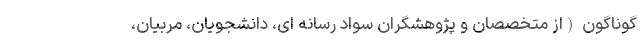
گوناگون (از متخصصان و پژوهشگران سواد رسانه ای، دانشجویان، مربیان،